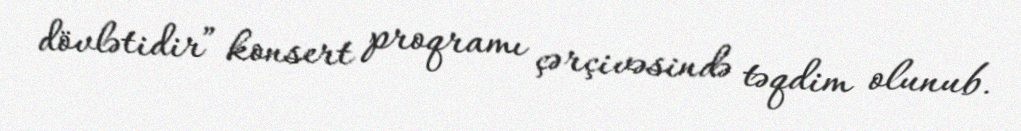
dövlətidir” konsert proqramı çərçivəsində təqdim olunub.